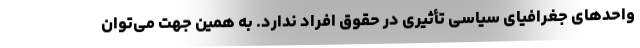
واحدهای جغرافیای سیاسی تأثیری در حقوق افراد ندارد. به همین جهت می‌توان